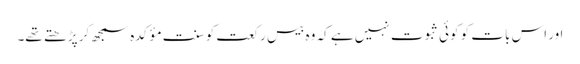
اور اس بات کو کوئی ثبوت نہیں ہے کہ وہ بیس رکعت کو سنتِ مؤکدہ سمجھ کر پڑ ھتے تھے۔